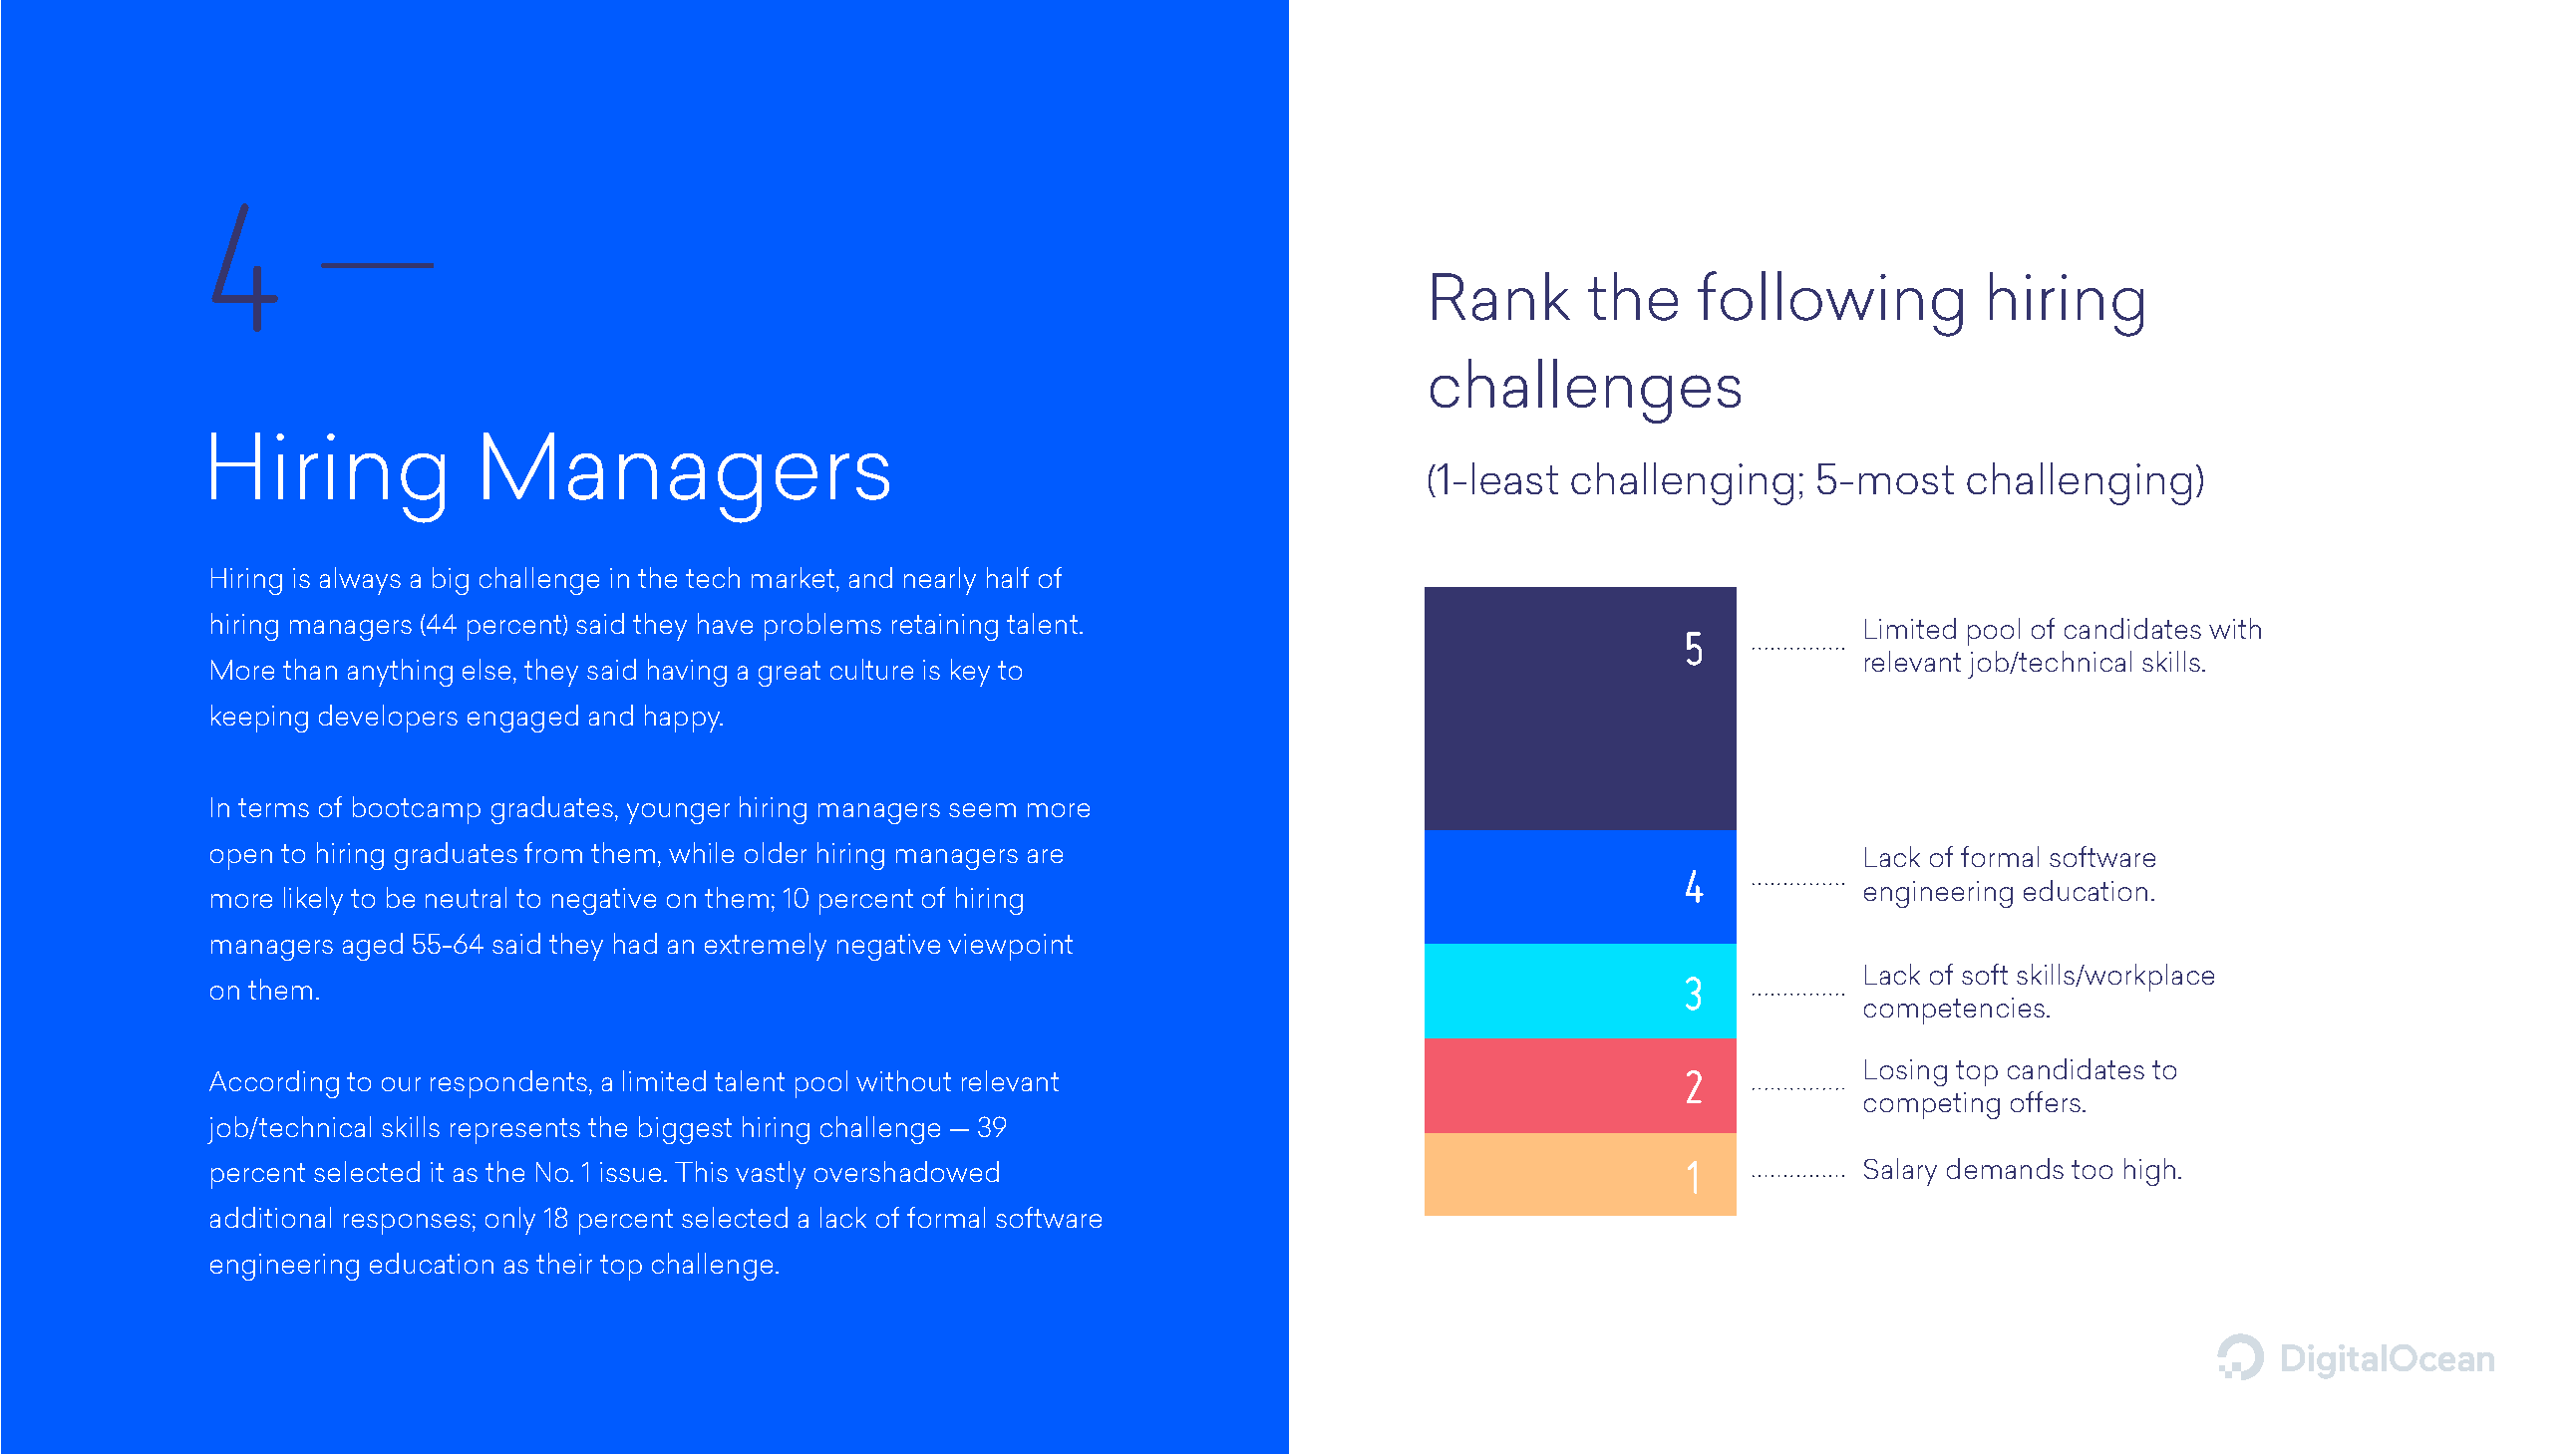
4
 Rank      the     following          hiring
 challenges
 Hiring             Managers
 (1-least challenging;     5-most    challenging)
 Hiring is always a big challenge in the tech market, and nearly half of
 hiring managers (44 percent) said they have problems retaining talent.                            5           Limited pool of candidates with
 relevant job/technical skills.
 More than anything else, they said having a great culture is key to
 keeping developers engaged and happy.
 In terms of bootcamp graduates, younger hiring managers seem more
 open to hiring graduates from them, while older hiring managers are                                           Lack of formal software
 4
 engineering education.
 more likely to be neutral to negative on them; 10 percent of hiring
 managers aged 55-64 said they had an extremely negative viewpoint
 3           Lack of soft skills/workplace
 on them.
 competencies.
 2           Losing top candidates to
 According to our respondents, a limited talent pool without relevant
 competing offers.
 job/technical skills represents the biggest hiring challenge — 39
 1
 percent selected it as the No. 1 issue. This vastly overshadowed                                              Salary demands too high.
 additional responses; only 18 percent selected a lack of formal software
 engineering education as their top challenge.